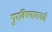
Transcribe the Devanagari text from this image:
पुरविण्यामागची